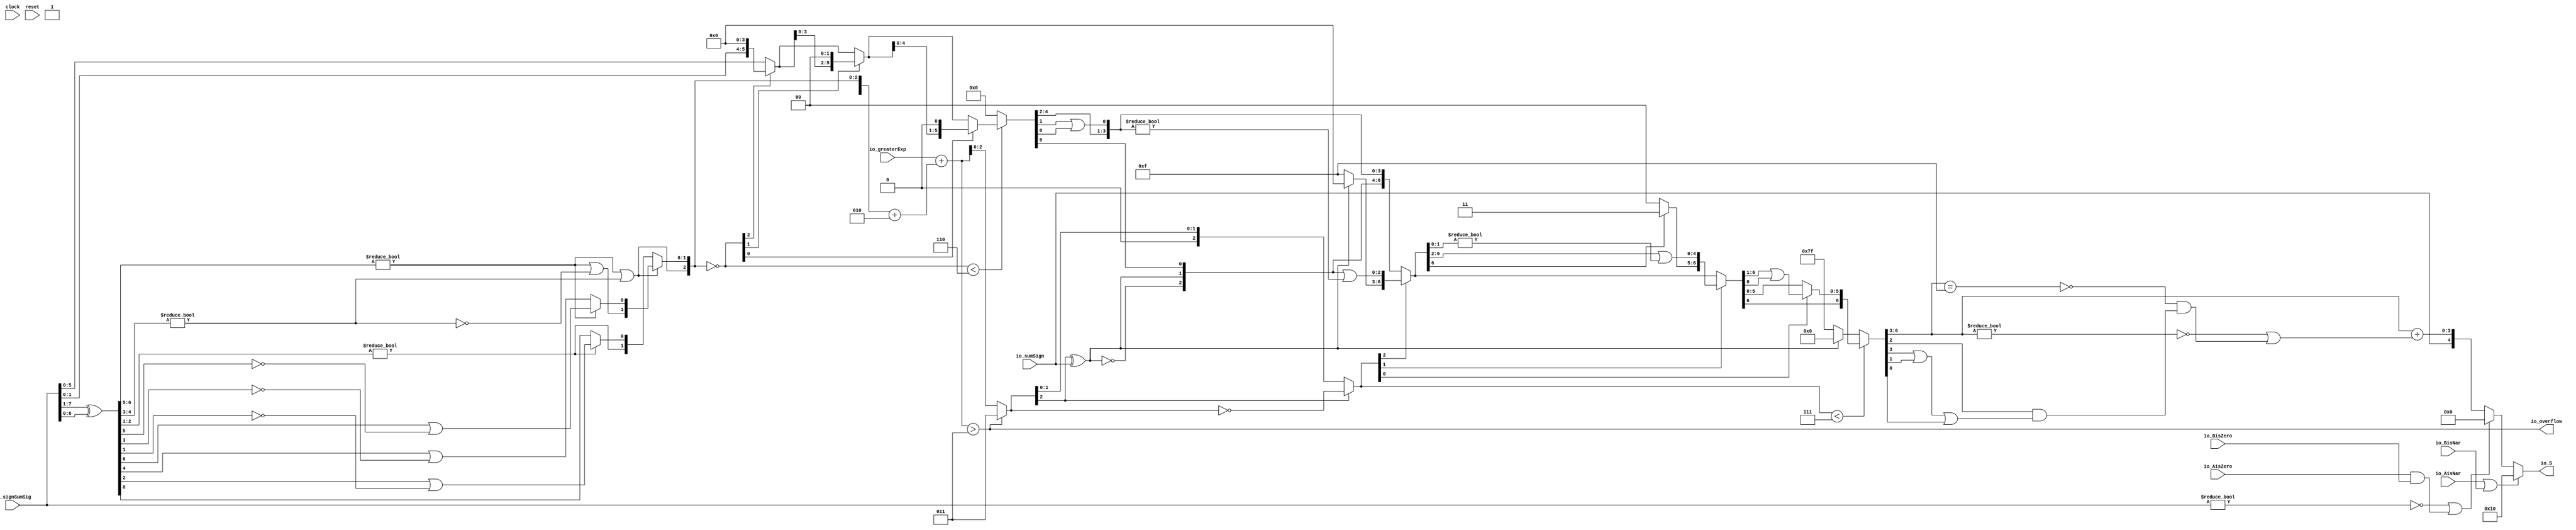
module Post_Adder5_0(
  input        clock,
  input        reset,
  input  [7:0] io_signSumSig,
  input  [2:0] io_greaterExp,
  input        io_sumSign,
  output       io_overflow,
  input        io_AisNar,
  input        io_BisNar,
  input        io_AisZero,
  input        io_BisZero,
  output [4:0] io_S
);
  wire [6:0] _T; // @[Post_Adder.scala 26:34]
  wire [6:0] _T_1; // @[Post_Adder.scala 26:72]
  wire [6:0] sumXor; // @[Post_Adder.scala 26:52]
  wire [3:0] _T_2; // @[LZD.scala 43:32]
  wire [1:0] _T_3; // @[LZD.scala 43:32]
  wire  _T_4; // @[LZD.scala 39:14]
  wire  _T_5; // @[LZD.scala 39:21]
  wire  _T_6; // @[LZD.scala 39:30]
  wire  _T_7; // @[LZD.scala 39:27]
  wire  _T_8; // @[LZD.scala 39:25]
  wire [1:0] _T_9; // @[Cat.scala 29:58]
  wire [1:0] _T_10; // @[LZD.scala 44:32]
  wire  _T_11; // @[LZD.scala 39:14]
  wire  _T_12; // @[LZD.scala 39:21]
  wire  _T_13; // @[LZD.scala 39:30]
  wire  _T_14; // @[LZD.scala 39:27]
  wire  _T_15; // @[LZD.scala 39:25]
  wire [1:0] _T_16; // @[Cat.scala 29:58]
  wire  _T_17; // @[Shift.scala 12:21]
  wire  _T_18; // @[Shift.scala 12:21]
  wire  _T_19; // @[LZD.scala 49:16]
  wire  _T_20; // @[LZD.scala 49:27]
  wire  _T_21; // @[LZD.scala 49:25]
  wire  _T_22; // @[LZD.scala 49:47]
  wire  _T_23; // @[LZD.scala 49:59]
  wire  _T_24; // @[LZD.scala 49:35]
  wire [2:0] _T_26; // @[Cat.scala 29:58]
  wire [2:0] _T_27; // @[LZD.scala 44:32]
  wire [1:0] _T_28; // @[LZD.scala 43:32]
  wire  _T_29; // @[LZD.scala 39:14]
  wire  _T_30; // @[LZD.scala 39:21]
  wire  _T_31; // @[LZD.scala 39:30]
  wire  _T_32; // @[LZD.scala 39:27]
  wire  _T_33; // @[LZD.scala 39:25]
  wire [1:0] _T_34; // @[Cat.scala 29:58]
  wire  _T_35; // @[LZD.scala 44:32]
  wire  _T_37; // @[Shift.scala 12:21]
  wire  _T_39; // @[LZD.scala 55:32]
  wire  _T_40; // @[LZD.scala 55:20]
  wire [1:0] _T_41; // @[Cat.scala 29:58]
  wire  _T_42; // @[Shift.scala 12:21]
  wire [1:0] _T_44; // @[LZD.scala 55:32]
  wire [1:0] _T_45; // @[LZD.scala 55:20]
  wire [2:0] sumLZD; // @[Cat.scala 29:58]
  wire [3:0] _T_46; // @[Cat.scala 29:58]
  wire [3:0] _T_47; // @[Post_Adder.scala 28:37]
  wire [3:0] _T_49; // @[Post_Adder.scala 28:44]
  wire [3:0] scaleBias; // @[Post_Adder.scala 28:44]
  wire [3:0] _GEN_0; // @[Post_Adder.scala 29:35]
  wire [4:0] sumScale; // @[Post_Adder.scala 29:35]
  wire [2:0] normalShift; // @[Post_Adder.scala 31:22]
  wire [5:0] _T_51; // @[Post_Adder.scala 32:39]
  wire  _T_52; // @[Shift.scala 16:24]
  wire  _T_54; // @[Shift.scala 12:21]
  wire [1:0] _T_55; // @[Shift.scala 64:52]
  wire [5:0] _T_57; // @[Cat.scala 29:58]
  wire [5:0] _T_58; // @[Shift.scala 64:27]
  wire [1:0] _T_59; // @[Shift.scala 66:70]
  wire  _T_60; // @[Shift.scala 12:21]
  wire [3:0] _T_61; // @[Shift.scala 64:52]
  wire [5:0] _T_63; // @[Cat.scala 29:58]
  wire [5:0] _T_64; // @[Shift.scala 64:27]
  wire  _T_65; // @[Shift.scala 66:70]
  wire [4:0] _T_67; // @[Shift.scala 64:52]
  wire [5:0] _T_68; // @[Cat.scala 29:58]
  wire [5:0] _T_69; // @[Shift.scala 64:27]
  wire [5:0] shiftSig; // @[Shift.scala 16:10]
  wire [4:0] _T_70; // @[Post_Adder.scala 44:24]
  wire [1:0] decS_fraction; // @[Post_Adder.scala 45:34]
  wire  decS_isNaR; // @[Post_Adder.scala 46:31]
  wire  _T_73; // @[Post_Adder.scala 47:36]
  wire  _T_74; // @[Post_Adder.scala 47:21]
  wire  _T_75; // @[Post_Adder.scala 47:54]
  wire  decS_isZero; // @[Post_Adder.scala 47:40]
  wire [1:0] _T_77; // @[Post_Adder.scala 48:33]
  wire  _T_78; // @[Post_Adder.scala 48:49]
  wire  _T_79; // @[Post_Adder.scala 48:63]
  wire  _T_80; // @[Post_Adder.scala 48:53]
  wire [2:0] _GEN_1; // @[Post_Adder.scala 41:24 Post_Adder.scala 44:18]
  wire [2:0] decS_scale; // @[Post_Adder.scala 41:24 Post_Adder.scala 44:18]
  wire  _T_84; // @[convert.scala 49:36]
  wire [2:0] _T_86; // @[convert.scala 50:36]
  wire [2:0] _T_87; // @[convert.scala 50:36]
  wire [2:0] _T_88; // @[convert.scala 50:28]
  wire  _T_89; // @[convert.scala 51:31]
  wire  _T_90; // @[convert.scala 53:34]
  wire [6:0] _T_93; // @[Cat.scala 29:58]
  wire [2:0] _T_94; // @[Shift.scala 39:17]
  wire  _T_95; // @[Shift.scala 39:24]
  wire [2:0] _T_97; // @[Shift.scala 90:30]
  wire [3:0] _T_98; // @[Shift.scala 90:48]
  wire  _T_99; // @[Shift.scala 90:57]
  wire [2:0] _GEN_2; // @[Shift.scala 90:39]
  wire [2:0] _T_100; // @[Shift.scala 90:39]
  wire  _T_101; // @[Shift.scala 12:21]
  wire  _T_102; // @[Shift.scala 12:21]
  wire [3:0] _T_104; // @[Bitwise.scala 71:12]
  wire [6:0] _T_105; // @[Cat.scala 29:58]
  wire [6:0] _T_106; // @[Shift.scala 91:22]
  wire [1:0] _T_107; // @[Shift.scala 92:77]
  wire [4:0] _T_108; // @[Shift.scala 90:30]
  wire [1:0] _T_109; // @[Shift.scala 90:48]
  wire  _T_110; // @[Shift.scala 90:57]
  wire [4:0] _GEN_3; // @[Shift.scala 90:39]
  wire [4:0] _T_111; // @[Shift.scala 90:39]
  wire  _T_112; // @[Shift.scala 12:21]
  wire  _T_113; // @[Shift.scala 12:21]
  wire [1:0] _T_115; // @[Bitwise.scala 71:12]
  wire [6:0] _T_116; // @[Cat.scala 29:58]
  wire [6:0] _T_117; // @[Shift.scala 91:22]
  wire  _T_118; // @[Shift.scala 92:77]
  wire [5:0] _T_119; // @[Shift.scala 90:30]
  wire  _T_120; // @[Shift.scala 90:48]
  wire [5:0] _GEN_4; // @[Shift.scala 90:39]
  wire [5:0] _T_122; // @[Shift.scala 90:39]
  wire  _T_124; // @[Shift.scala 12:21]
  wire [6:0] _T_125; // @[Cat.scala 29:58]
  wire [6:0] _T_126; // @[Shift.scala 91:22]
  wire [6:0] _T_129; // @[Bitwise.scala 71:12]
  wire [6:0] _T_130; // @[Shift.scala 39:10]
  wire  _T_131; // @[convert.scala 55:31]
  wire  _T_132; // @[convert.scala 56:31]
  wire  _T_133; // @[convert.scala 57:31]
  wire  _T_134; // @[convert.scala 58:31]
  wire [3:0] _T_135; // @[convert.scala 59:69]
  wire  _T_136; // @[convert.scala 59:81]
  wire  _T_137; // @[convert.scala 59:50]
  wire  _T_139; // @[convert.scala 60:81]
  wire  _T_140; // @[convert.scala 61:44]
  wire  _T_141; // @[convert.scala 61:52]
  wire  _T_142; // @[convert.scala 61:36]
  wire  _T_143; // @[convert.scala 62:63]
  wire  _T_144; // @[convert.scala 62:103]
  wire  _T_145; // @[convert.scala 62:60]
  wire [3:0] _GEN_5; // @[convert.scala 63:56]
  wire [3:0] _T_148; // @[convert.scala 63:56]
  wire [4:0] _T_149; // @[Cat.scala 29:58]
  wire [4:0] _T_151; // @[Mux.scala 87:16]
  assign _T = io_signSumSig[7:1]; // @[Post_Adder.scala 26:34]
  assign _T_1 = io_signSumSig[6:0]; // @[Post_Adder.scala 26:72]
  assign sumXor = _T ^ _T_1; // @[Post_Adder.scala 26:52]
  assign _T_2 = sumXor[6:3]; // @[LZD.scala 43:32]
  assign _T_3 = _T_2[3:2]; // @[LZD.scala 43:32]
  assign _T_4 = _T_3 != 2'h0; // @[LZD.scala 39:14]
  assign _T_5 = _T_3[1]; // @[LZD.scala 39:21]
  assign _T_6 = _T_3[0]; // @[LZD.scala 39:30]
  assign _T_7 = ~ _T_6; // @[LZD.scala 39:27]
  assign _T_8 = _T_5 | _T_7; // @[LZD.scala 39:25]
  assign _T_9 = {_T_4,_T_8}; // @[Cat.scala 29:58]
  assign _T_10 = _T_2[1:0]; // @[LZD.scala 44:32]
  assign _T_11 = _T_10 != 2'h0; // @[LZD.scala 39:14]
  assign _T_12 = _T_10[1]; // @[LZD.scala 39:21]
  assign _T_13 = _T_10[0]; // @[LZD.scala 39:30]
  assign _T_14 = ~ _T_13; // @[LZD.scala 39:27]
  assign _T_15 = _T_12 | _T_14; // @[LZD.scala 39:25]
  assign _T_16 = {_T_11,_T_15}; // @[Cat.scala 29:58]
  assign _T_17 = _T_9[1]; // @[Shift.scala 12:21]
  assign _T_18 = _T_16[1]; // @[Shift.scala 12:21]
  assign _T_19 = _T_17 | _T_18; // @[LZD.scala 49:16]
  assign _T_20 = ~ _T_18; // @[LZD.scala 49:27]
  assign _T_21 = _T_17 | _T_20; // @[LZD.scala 49:25]
  assign _T_22 = _T_9[0:0]; // @[LZD.scala 49:47]
  assign _T_23 = _T_16[0:0]; // @[LZD.scala 49:59]
  assign _T_24 = _T_17 ? _T_22 : _T_23; // @[LZD.scala 49:35]
  assign _T_26 = {_T_19,_T_21,_T_24}; // @[Cat.scala 29:58]
  assign _T_27 = sumXor[2:0]; // @[LZD.scala 44:32]
  assign _T_28 = _T_27[2:1]; // @[LZD.scala 43:32]
  assign _T_29 = _T_28 != 2'h0; // @[LZD.scala 39:14]
  assign _T_30 = _T_28[1]; // @[LZD.scala 39:21]
  assign _T_31 = _T_28[0]; // @[LZD.scala 39:30]
  assign _T_32 = ~ _T_31; // @[LZD.scala 39:27]
  assign _T_33 = _T_30 | _T_32; // @[LZD.scala 39:25]
  assign _T_34 = {_T_29,_T_33}; // @[Cat.scala 29:58]
  assign _T_35 = _T_27[0:0]; // @[LZD.scala 44:32]
  assign _T_37 = _T_34[1]; // @[Shift.scala 12:21]
  assign _T_39 = _T_34[0:0]; // @[LZD.scala 55:32]
  assign _T_40 = _T_37 ? _T_39 : _T_35; // @[LZD.scala 55:20]
  assign _T_41 = {_T_37,_T_40}; // @[Cat.scala 29:58]
  assign _T_42 = _T_26[2]; // @[Shift.scala 12:21]
  assign _T_44 = _T_26[1:0]; // @[LZD.scala 55:32]
  assign _T_45 = _T_42 ? _T_44 : _T_41; // @[LZD.scala 55:20]
  assign sumLZD = {_T_42,_T_45}; // @[Cat.scala 29:58]
  assign _T_46 = {1'h1,_T_42,_T_45}; // @[Cat.scala 29:58]
  assign _T_47 = $signed(_T_46); // @[Post_Adder.scala 28:37]
  assign _T_49 = $signed(_T_47) + $signed(4'sh2); // @[Post_Adder.scala 28:44]
  assign scaleBias = $signed(_T_49); // @[Post_Adder.scala 28:44]
  assign _GEN_0 = {{1{io_greaterExp[2]}},io_greaterExp}; // @[Post_Adder.scala 29:35]
  assign sumScale = $signed(_GEN_0) + $signed(scaleBias); // @[Post_Adder.scala 29:35]
  assign normalShift = ~ sumLZD; // @[Post_Adder.scala 31:22]
  assign _T_51 = io_signSumSig[5:0]; // @[Post_Adder.scala 32:39]
  assign _T_52 = normalShift < 3'h6; // @[Shift.scala 16:24]
  assign _T_54 = normalShift[2]; // @[Shift.scala 12:21]
  assign _T_55 = _T_51[1:0]; // @[Shift.scala 64:52]
  assign _T_57 = {_T_55,4'h0}; // @[Cat.scala 29:58]
  assign _T_58 = _T_54 ? _T_57 : _T_51; // @[Shift.scala 64:27]
  assign _T_59 = normalShift[1:0]; // @[Shift.scala 66:70]
  assign _T_60 = _T_59[1]; // @[Shift.scala 12:21]
  assign _T_61 = _T_58[3:0]; // @[Shift.scala 64:52]
  assign _T_63 = {_T_61,2'h0}; // @[Cat.scala 29:58]
  assign _T_64 = _T_60 ? _T_63 : _T_58; // @[Shift.scala 64:27]
  assign _T_65 = _T_59[0:0]; // @[Shift.scala 66:70]
  assign _T_67 = _T_64[4:0]; // @[Shift.scala 64:52]
  assign _T_68 = {_T_67,1'h0}; // @[Cat.scala 29:58]
  assign _T_69 = _T_65 ? _T_68 : _T_64; // @[Shift.scala 64:27]
  assign shiftSig = _T_52 ? _T_69 : 6'h0; // @[Shift.scala 16:10]
  assign _T_70 = io_overflow ? $signed(5'sh3) : $signed(sumScale); // @[Post_Adder.scala 44:24]
  assign decS_fraction = shiftSig[5:4]; // @[Post_Adder.scala 45:34]
  assign decS_isNaR = io_AisNar | io_BisNar; // @[Post_Adder.scala 46:31]
  assign _T_73 = io_signSumSig != 8'h0; // @[Post_Adder.scala 47:36]
  assign _T_74 = ~ _T_73; // @[Post_Adder.scala 47:21]
  assign _T_75 = io_AisZero & io_BisZero; // @[Post_Adder.scala 47:54]
  assign decS_isZero = _T_74 | _T_75; // @[Post_Adder.scala 47:40]
  assign _T_77 = shiftSig[3:2]; // @[Post_Adder.scala 48:33]
  assign _T_78 = shiftSig[1]; // @[Post_Adder.scala 48:49]
  assign _T_79 = shiftSig[0]; // @[Post_Adder.scala 48:63]
  assign _T_80 = _T_78 | _T_79; // @[Post_Adder.scala 48:53]
  assign _GEN_1 = _T_70[2:0]; // @[Post_Adder.scala 41:24 Post_Adder.scala 44:18]
  assign decS_scale = $signed(_GEN_1); // @[Post_Adder.scala 41:24 Post_Adder.scala 44:18]
  assign _T_84 = decS_scale[2:2]; // @[convert.scala 49:36]
  assign _T_86 = ~ decS_scale; // @[convert.scala 50:36]
  assign _T_87 = $signed(_T_86); // @[convert.scala 50:36]
  assign _T_88 = _T_84 ? $signed(_T_87) : $signed(decS_scale); // @[convert.scala 50:28]
  assign _T_89 = _T_84 ^ io_sumSign; // @[convert.scala 51:31]
  assign _T_90 = ~ _T_89; // @[convert.scala 53:34]
  assign _T_93 = {_T_90,_T_89,decS_fraction,_T_77,_T_80}; // @[Cat.scala 29:58]
  assign _T_94 = $unsigned(_T_88); // @[Shift.scala 39:17]
  assign _T_95 = _T_94 < 3'h7; // @[Shift.scala 39:24]
  assign _T_97 = _T_93[6:4]; // @[Shift.scala 90:30]
  assign _T_98 = _T_93[3:0]; // @[Shift.scala 90:48]
  assign _T_99 = _T_98 != 4'h0; // @[Shift.scala 90:57]
  assign _GEN_2 = {{2'd0}, _T_99}; // @[Shift.scala 90:39]
  assign _T_100 = _T_97 | _GEN_2; // @[Shift.scala 90:39]
  assign _T_101 = _T_94[2]; // @[Shift.scala 12:21]
  assign _T_102 = _T_93[6]; // @[Shift.scala 12:21]
  assign _T_104 = _T_102 ? 4'hf : 4'h0; // @[Bitwise.scala 71:12]
  assign _T_105 = {_T_104,_T_100}; // @[Cat.scala 29:58]
  assign _T_106 = _T_101 ? _T_105 : _T_93; // @[Shift.scala 91:22]
  assign _T_107 = _T_94[1:0]; // @[Shift.scala 92:77]
  assign _T_108 = _T_106[6:2]; // @[Shift.scala 90:30]
  assign _T_109 = _T_106[1:0]; // @[Shift.scala 90:48]
  assign _T_110 = _T_109 != 2'h0; // @[Shift.scala 90:57]
  assign _GEN_3 = {{4'd0}, _T_110}; // @[Shift.scala 90:39]
  assign _T_111 = _T_108 | _GEN_3; // @[Shift.scala 90:39]
  assign _T_112 = _T_107[1]; // @[Shift.scala 12:21]
  assign _T_113 = _T_106[6]; // @[Shift.scala 12:21]
  assign _T_115 = _T_113 ? 2'h3 : 2'h0; // @[Bitwise.scala 71:12]
  assign _T_116 = {_T_115,_T_111}; // @[Cat.scala 29:58]
  assign _T_117 = _T_112 ? _T_116 : _T_106; // @[Shift.scala 91:22]
  assign _T_118 = _T_107[0:0]; // @[Shift.scala 92:77]
  assign _T_119 = _T_117[6:1]; // @[Shift.scala 90:30]
  assign _T_120 = _T_117[0:0]; // @[Shift.scala 90:48]
  assign _GEN_4 = {{5'd0}, _T_120}; // @[Shift.scala 90:39]
  assign _T_122 = _T_119 | _GEN_4; // @[Shift.scala 90:39]
  assign _T_124 = _T_117[6]; // @[Shift.scala 12:21]
  assign _T_125 = {_T_124,_T_122}; // @[Cat.scala 29:58]
  assign _T_126 = _T_118 ? _T_125 : _T_117; // @[Shift.scala 91:22]
  assign _T_129 = _T_102 ? 7'h7f : 7'h0; // @[Bitwise.scala 71:12]
  assign _T_130 = _T_95 ? _T_126 : _T_129; // @[Shift.scala 39:10]
  assign _T_131 = _T_130[3]; // @[convert.scala 55:31]
  assign _T_132 = _T_130[2]; // @[convert.scala 56:31]
  assign _T_133 = _T_130[1]; // @[convert.scala 57:31]
  assign _T_134 = _T_130[0]; // @[convert.scala 58:31]
  assign _T_135 = _T_130[6:3]; // @[convert.scala 59:69]
  assign _T_136 = _T_135 != 4'h0; // @[convert.scala 59:81]
  assign _T_137 = ~ _T_136; // @[convert.scala 59:50]
  assign _T_139 = _T_135 == 4'hf; // @[convert.scala 60:81]
  assign _T_140 = _T_131 | _T_133; // @[convert.scala 61:44]
  assign _T_141 = _T_140 | _T_134; // @[convert.scala 61:52]
  assign _T_142 = _T_132 & _T_141; // @[convert.scala 61:36]
  assign _T_143 = ~ _T_139; // @[convert.scala 62:63]
  assign _T_144 = _T_143 & _T_142; // @[convert.scala 62:103]
  assign _T_145 = _T_137 | _T_144; // @[convert.scala 62:60]
  assign _GEN_5 = {{3'd0}, _T_145}; // @[convert.scala 63:56]
  assign _T_148 = _T_135 + _GEN_5; // @[convert.scala 63:56]
  assign _T_149 = {io_sumSign,_T_148}; // @[Cat.scala 29:58]
  assign _T_151 = decS_isZero ? 5'h0 : _T_149; // @[Mux.scala 87:16]
  assign io_overflow = $signed(sumScale) > $signed(5'sh3); // @[Post_Adder.scala 30:18]
  assign io_S = decS_isNaR ? 5'h10 : _T_151; // @[Post_Adder.scala 49:7]
endmodule